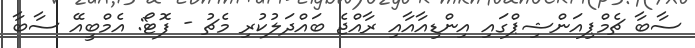
ސާބާ ޗެމްޕިއަންޝިޕްގައި އިންޑިއާއާއި ރާއްޖެ ބައްދަލުކުރި މެޗު - ފޮޓޯ: އެމްބީއޭ ސާބާ